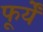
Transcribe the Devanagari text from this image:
फूर्यें